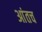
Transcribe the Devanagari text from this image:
आंतच